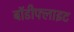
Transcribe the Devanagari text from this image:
बॉडीफ्लाइट